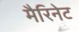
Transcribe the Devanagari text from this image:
मैरिनेट